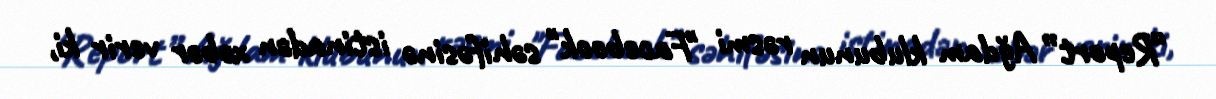
“Report” Ağdam klubunun rəsmi "Facebook" səhifəsinə istinadən xəbər verir ki,